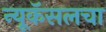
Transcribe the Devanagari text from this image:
न्यूकॅसलचा